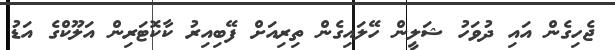
ޖެހިގެން އައި ދުވަހު ޝަލީން ހޭލައިގެން ތިރިއަށް ފޭބިއިރު ކާކޮޓަރިން އަލޫކްގެ އަޑު